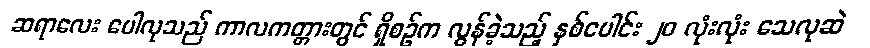
ဆရာလေး ပေါလုသည် ကာလကတ္တားတွင် ရှိစဉ်က လွန်ခဲ့သည့် နှစ်ပေါင်း ၂၀ လုံးလုံး သေလုဆဲ